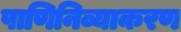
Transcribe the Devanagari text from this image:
पाणिनिव्याकरण